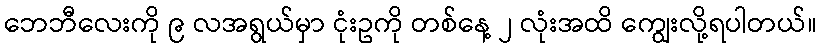
ဘေဘီလေးကို ၉ လအရွယ်မှာ ငုံးဥကို တစ်နေ့ ၂ လုံးအထိ ကျွေးလို့ရပါတယ်။